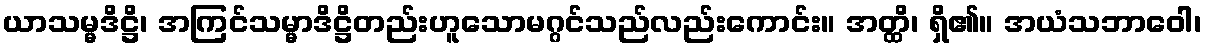
ယာသမ္မဒိဋ္ဌိ၊ အကြင်သမ္မာဒိဋ္ဌိတည်းဟူသောမဂ္ဂင်သည်လည်းကောင်း။ အတ္ထိ၊ ရှိ၏။ အယံသဘာဝေါ၊